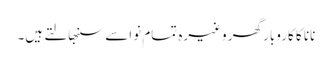
نانا کا کاروبار گھر وغیرہ تمام نواسے سنبھالتے ہیں۔